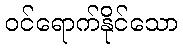
ဝင်ရောက်နိုင်သော